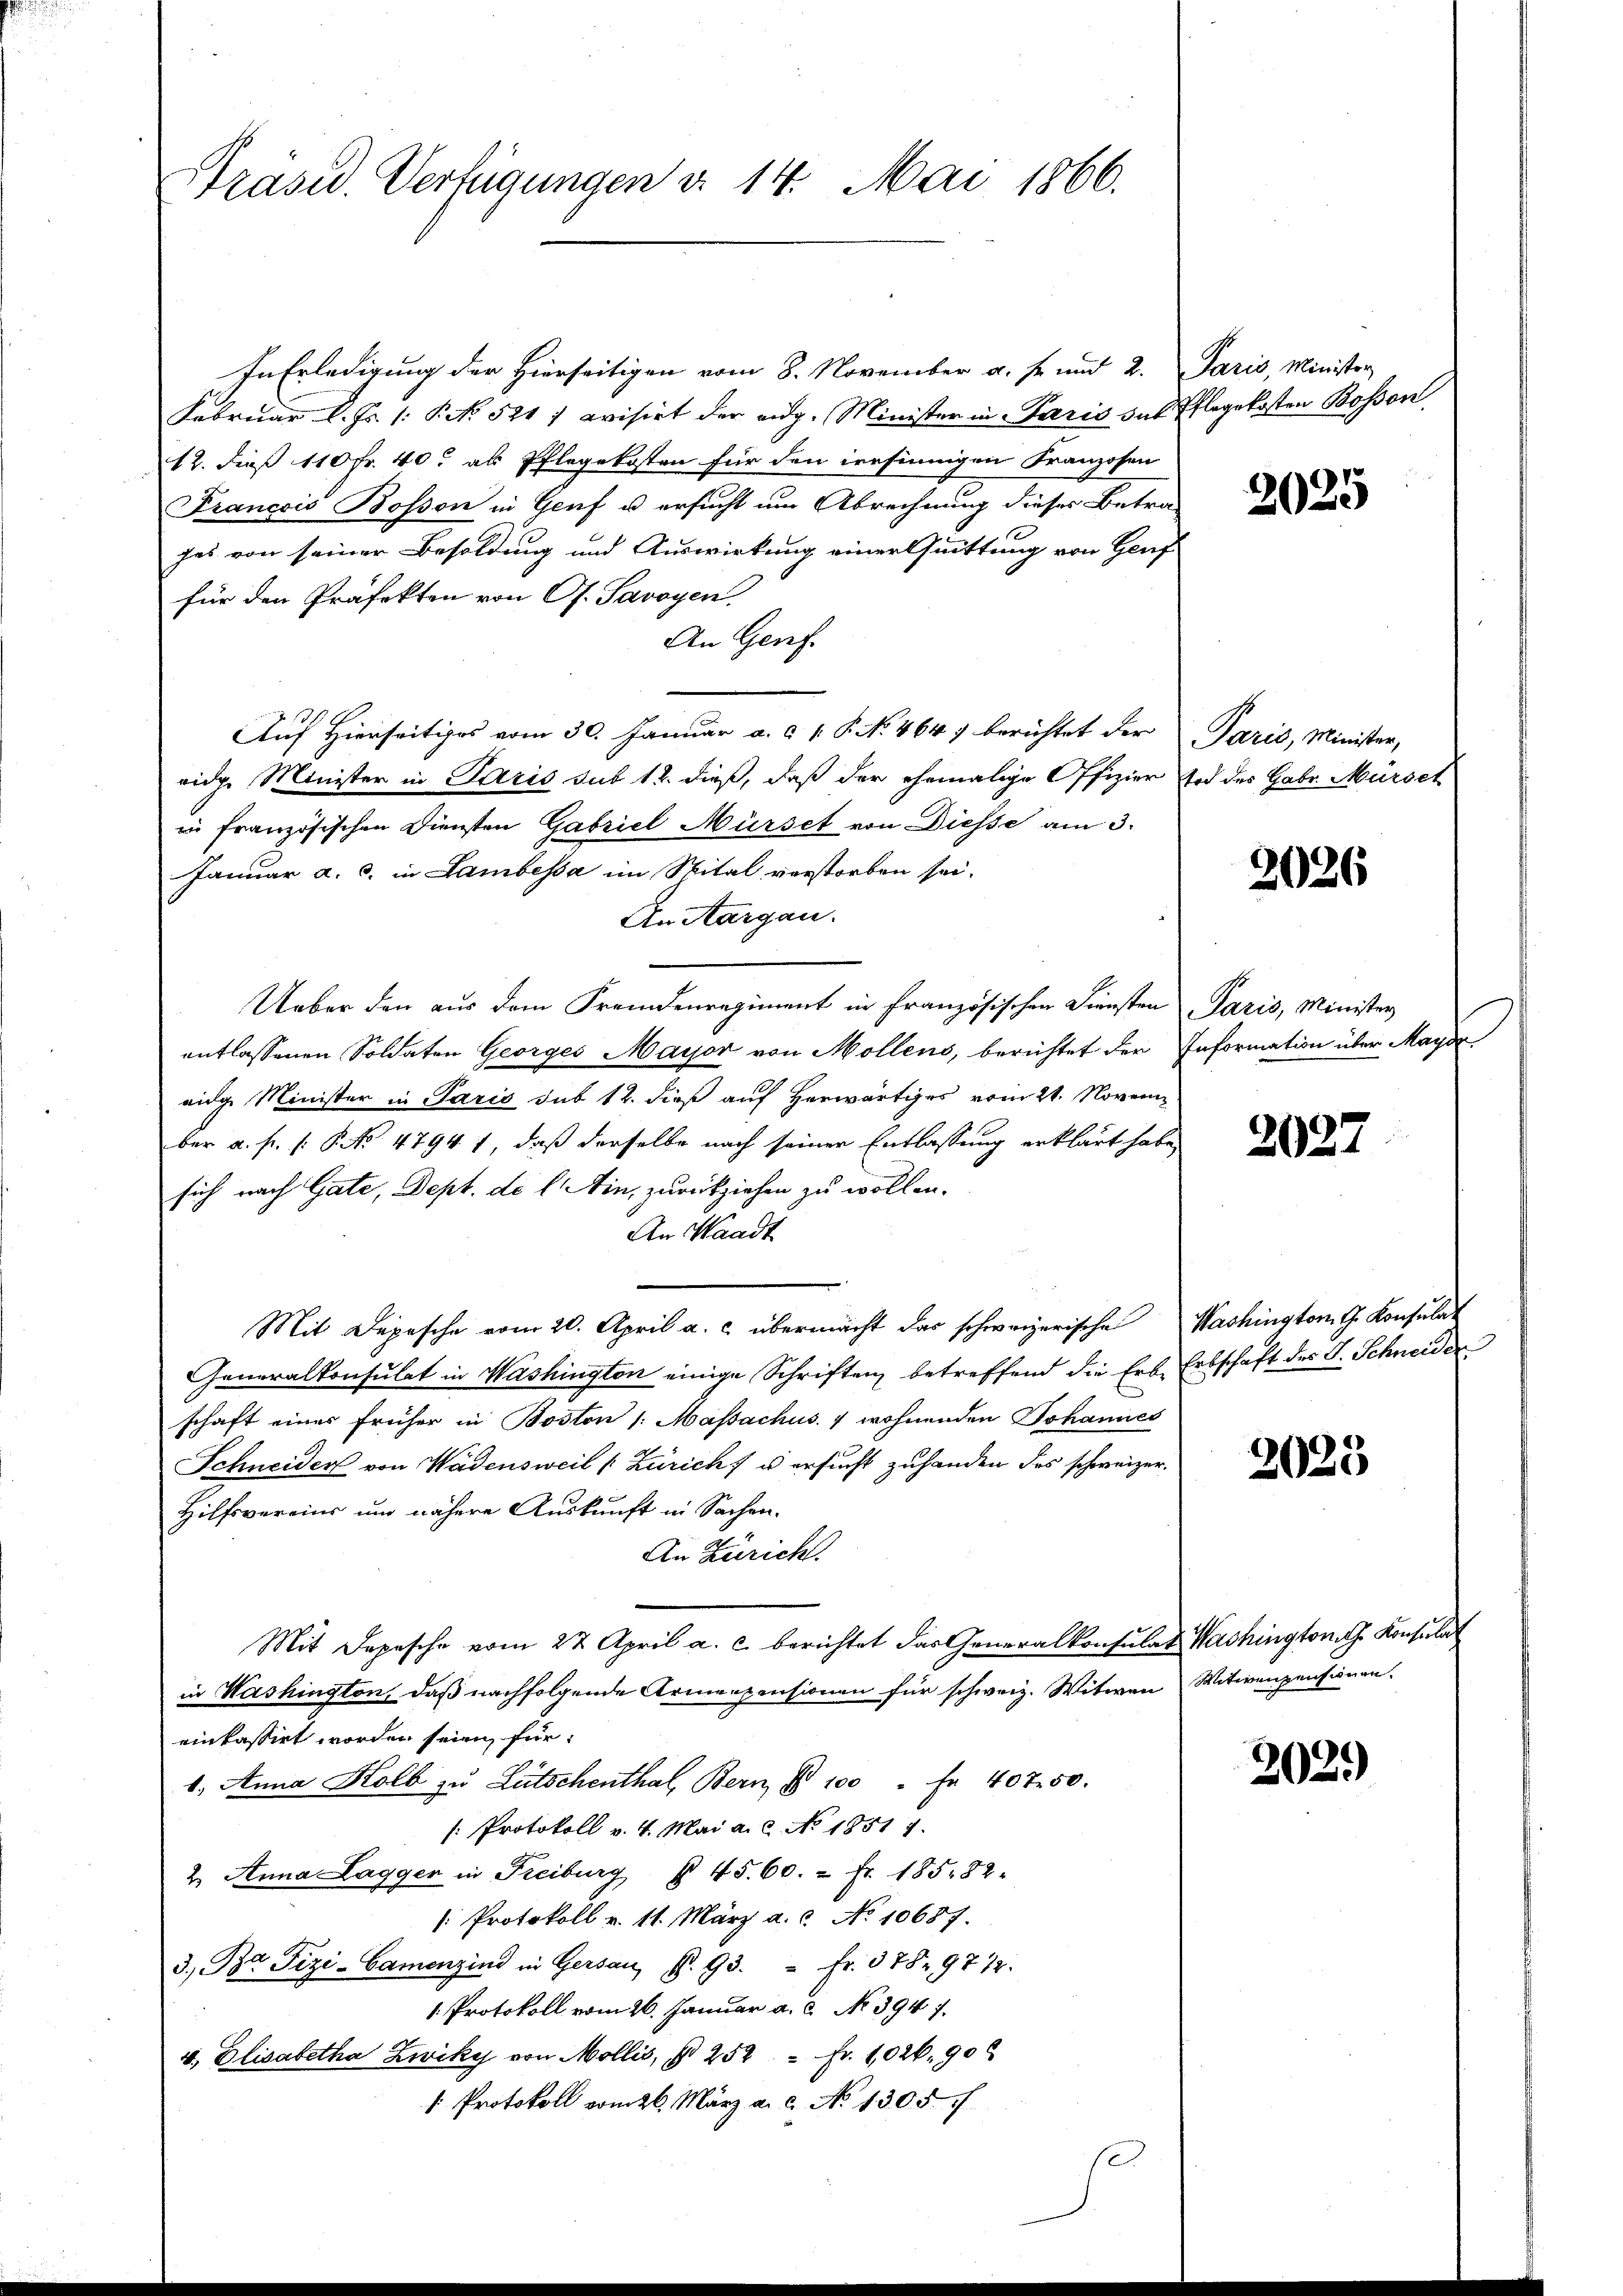
Präsid. Verfügungen d. 14. Mai 1866.

In Erledigung der Hierseitigen vom 8. November a. f. und 2.
Februar l. Js. (: P. No. 521 / evisirt der eidg. Minister in Paris das Pflegekosten Bosson,
12. dieß 110 Fr. 40. als Pflegekosten für den ieesinnigen Franzosen
Francois Bosson in Genf u ersucht um Abrechnung dieser Betra-
ges von seiner Besoldung und Auswirkung einer Quittung von Genf
für den Präfekten von O. Savoyen,
An Genf.
Auf Hierseitiges vom 30. Januar a. c. 1 P. No 464, berichtet der
ridge Minister in Paris sub 12. dieß, daß der ehemalige Offizier Tod des Gebr. Mürset
in französischen Diensten Gabriel Mürset von Diesse am 3.
Januar a. c. in Lambessa im Spital verstorben sei.
An Aargau.
Ueber den aus dem Fremdenregiment in französischen Diensten
entlassenen Soldaten Georges Major von Mollens, berichtet der
eige Minister in Paris sub 12. dieß auf Herwärtiges vom 21. November a. f. (: P. No 4794 f, daß derselbe nach seiner Entlassung erklärt habe,
sich nach Gate, Dept. de l. in, zurückziehen zu wollen.
An Waadt
Mit Depesche vom 20. April a. c. übermacht das schweizerische
Generalkonsulat in Washington einige Schriften, betreffend die Erbe Erbschaft des J. Schneider
schaft einer früher in Boston /: Massachus 7 wohnenden Johannes
Schneider von Wädensweil (Züricht u ersucht zuhanden des schweizer.
Hilfsvereins um nähere Auskunft in Sachen.
An Zürich
Mit Depesche vom 22. April a. c. berichtet das Generalkonsulat Washington G. Konsulat
in Washington, daß nachfolgende Armenpensionen für schweiz. Witwen Witwenpensionen.
einkassirt worden seien für:
1. Anna Holb zu Lütschenthal, Bern, § 100 " fr. 407. 50.
[: Protokoll v. 4. Mai a.c. No. 18517.
2. Anna Lagger in Freiburg § 45. 60. 2 fr. 18582.
[: Protokoll v. 11. März a.c. No 10687.
3. Bt Fizi-Camenzind in Gersau, P. 93. " fr. 378. 9712.
1. Protokoll vom 26. Januar a. c. No 394. 7.
u. Elisabetha Zwiky von Mollis, § 252 - Fr. 1026.90
" Protokoll vom 26. März a. c. N. 1305/

s

Paris, Minister

2025

Paris, Minister,

2026

Paris, Minister
Information über Mayde

2027

Washington G. Konsulat

2025

2029)